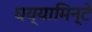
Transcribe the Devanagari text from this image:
घय्यामिन्टे